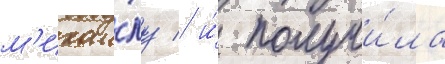
м'ихаи́лу / и́ получи́ла